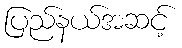
ပြည်နယ်အဆင့်